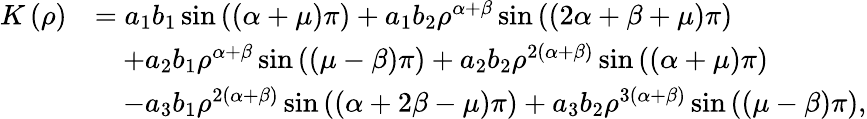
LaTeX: \begin{array}{rl}{K\left(\rho\right)}&{=a_{1}b_{1}\sin\left(\left(\alpha+\mu\right)\pi\right)+a_{1}b_{2}\rho^{\alpha+\beta}\sin\left(\left(2\alpha+\beta+\mu\right)\pi\right)}\\ &{\quad+a_{2}b_{1}\rho^{\alpha+\beta}\sin\left(\left(\mu-\beta\right)\pi\right)+a_{2}b_{2}\rho^{2\left(\alpha+\beta\right)}\sin\left(\left(\alpha+\mu\right)\pi\right)}\\ &{\quad-a_{3}b_{1}\rho^{2\left(\alpha+\beta\right)}\sin\left(\left(\alpha+2\beta-\mu\right)\pi\right)+a_{3}b_{2}\rho^{3\left(\alpha+\beta\right)}\sin\left(\left(\mu-\beta\right)\pi\right),}\end{array}